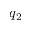
q _ { 2 }